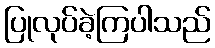
ပြုလုပ်ခဲ့ကြပါသည်